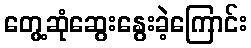
တွေ့ဆုံဆွေးနွေးခဲ့ကြောင်း